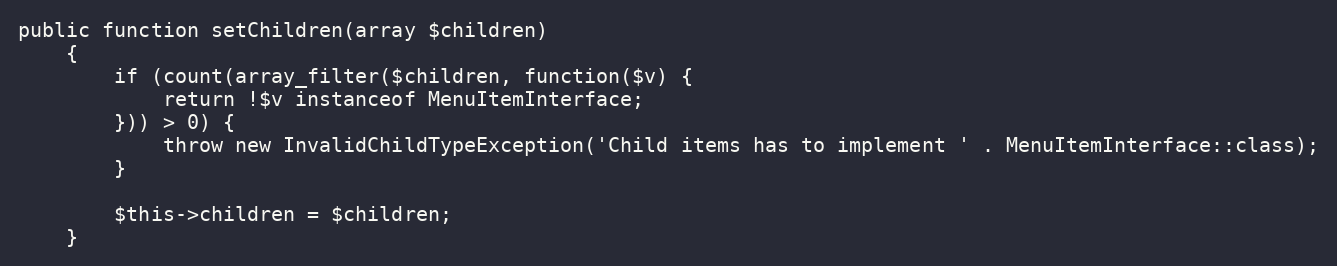
Language: PHP
public function setChildren(array $children)
    {
        if (count(array_filter($children, function($v) {
            return !$v instanceof MenuItemInterface;
        })) > 0) {
            throw new InvalidChildTypeException('Child items has to implement ' . MenuItemInterface::class);
        }

        $this->children = $children;
    }